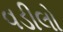
વડીલો